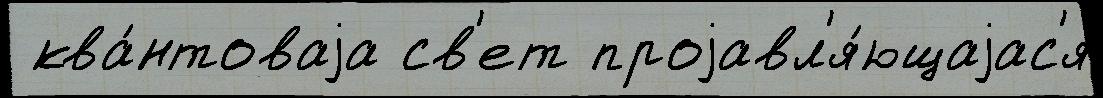
 ква́нтоваjа св'ет проjавл'я́ющаjас'я